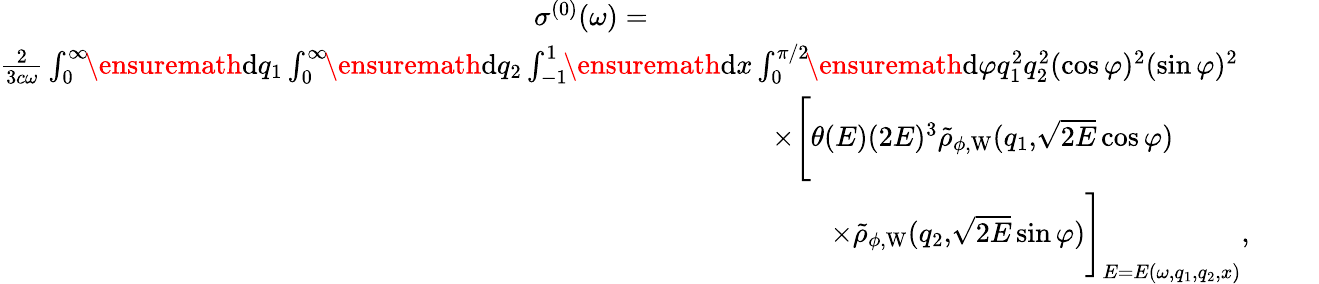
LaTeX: \begin{array}{r}{\sigma^{(0)}(\omega)=\phantom{xxxxxxxxxxxxxxxxxxxxxxxxxxxxxxxxxxxxxxxxx}}\\ {\frac{2}{3c\omega}\int_{0}^{\infty}\! \! \ensuremath{\mathrm{d}}q_{1}\int_{0}^{\infty}\! \! \ensuremath{\mathrm{d}}q_{2}\int_{-1}^{1}\! \! \ensuremath{\mathrm{d}}x\int_{0}^{\pi/2}\! \! \ensuremath{\mathrm{d}}\varphi q_{1}^{2}q_{2}^{2}(\cos\varphi)^{2}(\sin\varphi)^{2}\phantom{xxxxx}}\\ {\times\Biggl[\theta(E)(2E)^{3}\tilde{\rho}_{\phi,\mathrm{W}}(q_{1},\! \sqrt{2E}\cos\varphi)\phantom{xxxxxxxxx}}\\ {\times\tilde{\rho}_{\phi,\mathrm{W}}(q_{2},\! \sqrt{2E}\sin\varphi)\Biggl]_{E=E(\omega,q_{1},q_{2},x)},\phantom{xxxx}}\end{array}